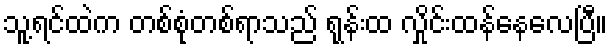
သူ့ရင်ထဲက တစ်စုံတစ်ရာသည် ရုန်းထ လှိုင်းထန်နေလေပြီ။